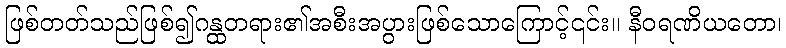
ဖြစ်တတ်သည်ဖြစ်၍ဂန္ထတရား၏အစီးအပွားဖြစ်သောကြောင့်၎င်း။ နီဝရဏိယတော၊